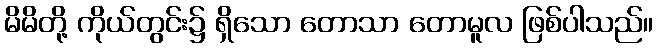
မိမိတို့ ကိုယ်တွင်း၌ ရှိသော တောသာ တောမူလ ဖြစ်ပါသည်။